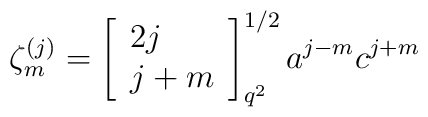
\zeta ^{(j)}_{m}=\left[ \begin{array}{l}2j\\j+m\end{array}\right]^{1/2}_{q^{2}}a^{j-m}c^{j+m}